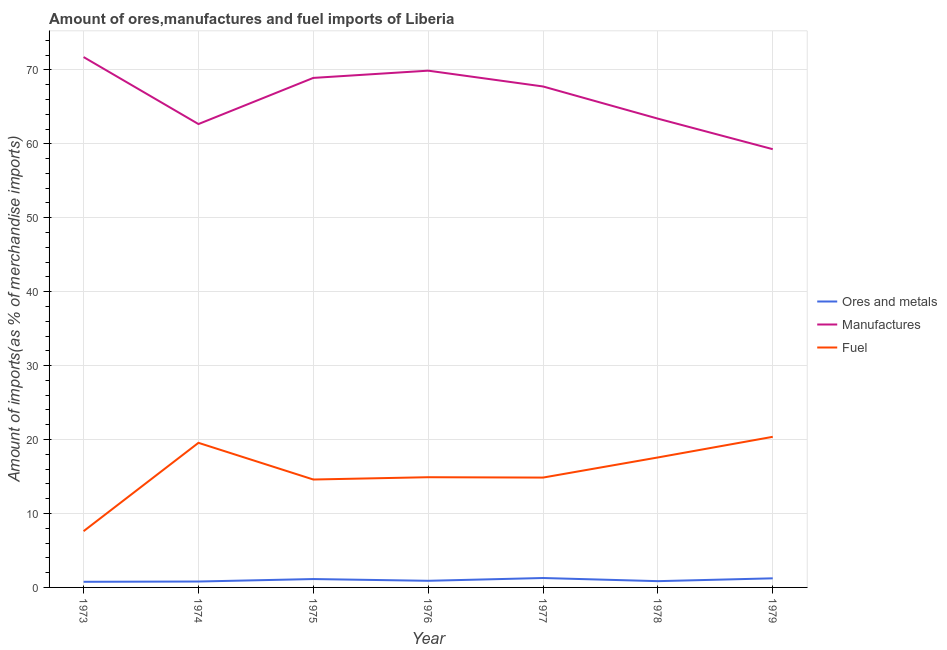
| Year | Ores and metals | Manufactures | Fuel |
 | --- | --- | --- | --- |
 | 1973 | 0.761 | 71.7 | 7.61 |
 | 1974 | 0.798 | 62.7 | 19.6 |
 | 1975 | 1.13 | 68.9 | 14.6 |
 | 1976 | 0.896 | 69.9 | 14.9 |
 | 1977 | 1.27 | 67.8 | 14.9 |
 | 1978 | 0.847 | 63.4 | 17.6 |
 | 1979 | 1.23 | 59.3 | 20.4 |